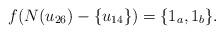
LaTeX: \begin{align*}f(N(u_{26})-\{u_{14}\})=\{1_a,1_b\}.\end{align*}